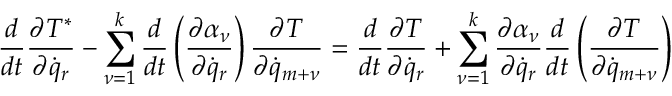
\frac { d } { d t } \frac { \partial T ^ { * } } { \partial { \dot { q } } _ { r } } - \sum _ { \nu = 1 } ^ { k } \frac { d } { d t } \left( \frac { \partial \alpha _ { \nu } } { \partial { \dot { q } } _ { r } } \right) \frac { \partial T } { \partial { \dot { q } } _ { m + \nu } } = \frac { d } { d t } \frac { \partial T } { \partial { \dot { q } } _ { r } } + \sum _ { \nu = 1 } ^ { k } \frac { \partial \alpha _ { \nu } } { \partial { \dot { q } _ { r } } } \frac { d } { d t } \left( \frac { \partial T } { \partial { \dot { q } } _ { m + \nu } } \right)